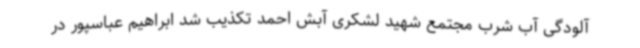
آلودگی آب شرب مجتمع شهید لشکری آبش احمد تکذیب شد ابراهیم عباسپور در